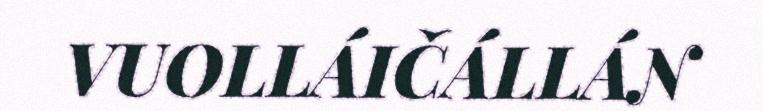
VUOLLÁIČÁLLÁN